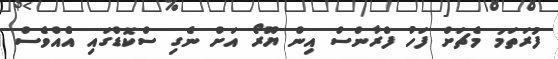
ފުރަތަމަ މެޗަށް ފަހު ފްރާންސް އިން ޔޫރޯ އަށް ނެގި ސްކޮޑްގައި އެއްވެސް